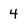
Character: 4